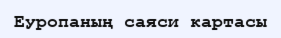
Еуропаның саяси картасы